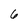
Character: 6